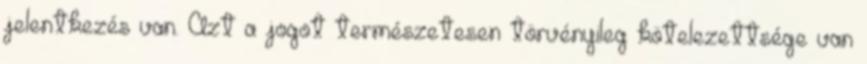
jelentkezés van. Azt a jogot természetesen törvényileg kötelezettsége van